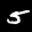
Label: 5